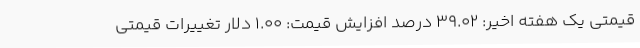
قیمتی یک هفته اخیر: ۳۹.۰۲ درصد افزایش قیمت: ۱.۰۰ دلار تغییرات قیمتی